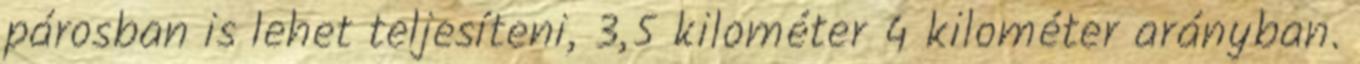
párosban is lehet teljesíteni, 3,5 kilométer 4 kilométer arányban.